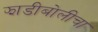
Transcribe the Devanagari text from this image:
झाडीबोलीचा